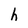
Character: h